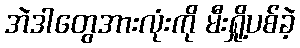
အဲဒါတွေအားလုံးကို မီးရှို့ပစ်ခဲ့